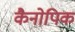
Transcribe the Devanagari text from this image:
कैनोपिक